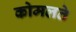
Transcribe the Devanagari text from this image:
कोमलते